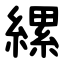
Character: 縲